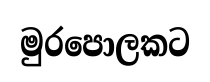
මුරපොලකට